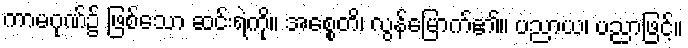
ကာမဂုဏ်၌ ဖြစ်သော ဆင်းရဲကို။ အစ္စေတိ၊ လွန်မြောက်၏။ ပညာယ၊ ပညာဖြင့်။